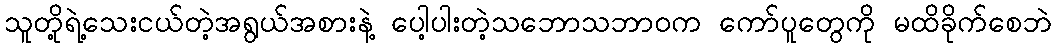
သူတို့ရဲ့သေးငယ်တဲ့အရွယ်အစားနဲ့ ပေါ့ပါးတဲ့သဘောသဘာဝက ကော်ပူတွေကို မထိခိုက်စေဘဲ